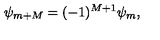
\psi _ { m + M } = ( - 1 ) ^ { M + 1 } \psi _ { m } ,